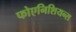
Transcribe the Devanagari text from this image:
फोएनिशियन्स